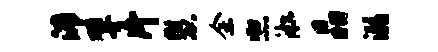
沛擘片慧余熙淞晶溺